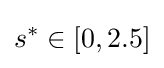
s^{*}\in [0,2.5]